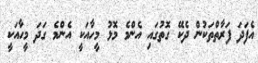
އެފަދަ ފަރާތްތަކުން ދެކޭ ގޮތުގައި އެންމެ މޮޅު މީހާއަކީ އެންމެ ގަދަ މީހާއަކީ